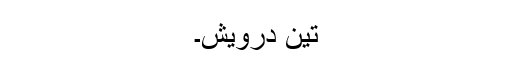
تین درویش۔